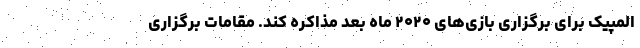
المپیک برای برگزاری بازی‌های ۲۰۲۰ ماه بعد مذاکره کند. مقامات برگزاری